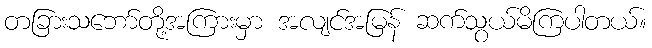
တခြားသဘော်တို့အကြားမှာ အလျင်အမြန် ဆက်သွယ်မိကြပါတယ်။